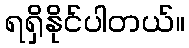
ရရှိနိုင်ပါတယ်။